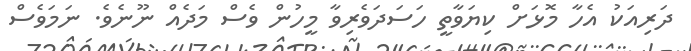
ދަރިއަކު އެހާ މޮޅަށް ކިޔަވާތީ ހަސަދަވެރިވާ މީހުން ވެސް މަދެއް ނޫނެވެ. ނަމަވެސް